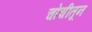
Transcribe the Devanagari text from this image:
चोचीतून